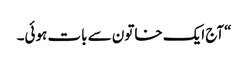
“آج ایک خاتون سے بات ہوئی۔